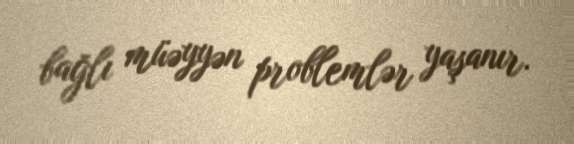
bağlı müəyyən problemlər yaşanır.